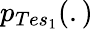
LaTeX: p_{Tes_{1}}(.)